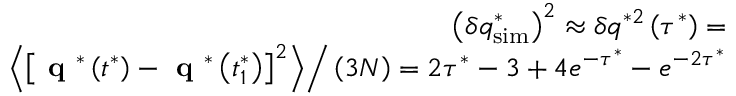
\begin{array} { r } { \left( \delta q _ { \mathrm { s i m } } ^ { * } \right) ^ { 2 } \approx \delta q ^ { * 2 } \left( \tau ^ { * } \right) = } \\ { \left. \left< \left[ \textbf { q } ^ { * } \left( t ^ { * } \right) - \textbf { q } ^ { * } \left( t _ { 1 } ^ { * } \right) \right] ^ { 2 } \right> \right/ \left( 3 N \right) = 2 \tau ^ { * } - 3 + 4 e ^ { - \tau ^ { * } } - e ^ { - 2 \tau ^ { * } } } \end{array}